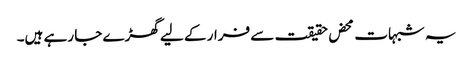
یہ شبہات محض حقیقت سے فرار کے لیے گھڑے جا رہے ہیں۔